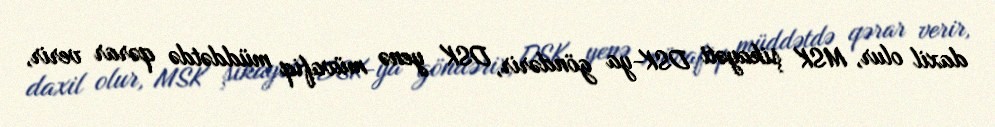
daxil olur, MSK şikayəti DSK-ya göndərir, DSK yenə müvafiq müddətdə qərar verir,